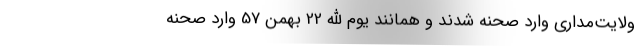
ولایت‌مداری وارد صحنه شدند و همانند یوم الله 22 بهمن 57 وارد صحنه